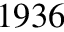
1 9 3 6